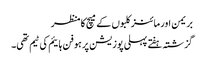
بریمن اور مائنز کلبوں کے میچ کا منظر
گزشتہ ہفتے پہلی پوزیشن پر ہوفن ہائیم کی ٹیم تھی۔